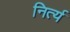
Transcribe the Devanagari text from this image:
निर्त्य